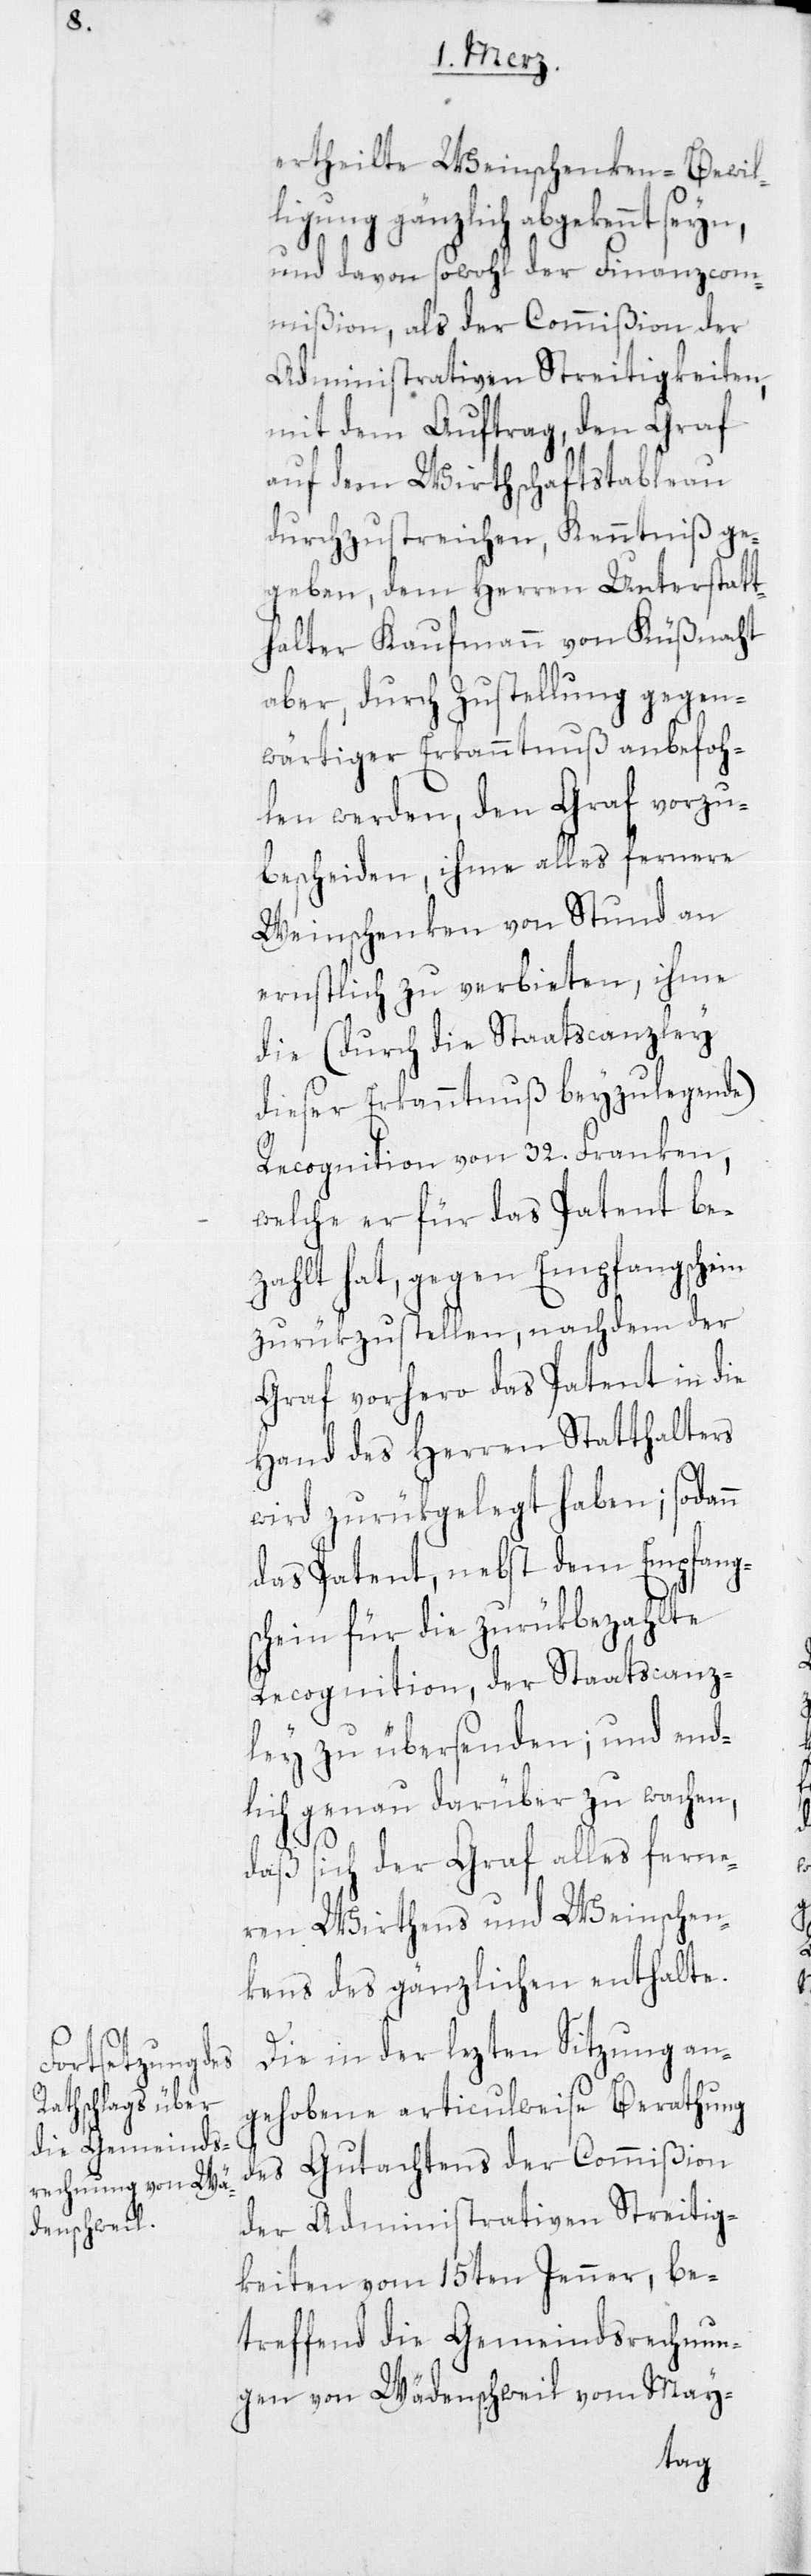
ertheilte Weinschenken-Bewil¬
ligung gänzlich abgekennt seyn,
und davon sowohl der Finanzcom¬
mißion, als der Commißion der
Administrativen Streitigkeiten,
mit dem Auftrag, den Graf
auf dem Wirtschaftstableau
durchzustreichen, Kenntniß ge¬
geben, dem Herren Unterstatt¬
halter Kaufmann von Küßnacht
aber, durch Zustellung gegen¬
wärtiger Erkanntnuß anbefoh¬
len werden, den Graf vorzu¬
bescheiden, ihme alles fernere
Weinschenken von Stund an
ernstlich zu verbieten, ihme
die (durch die Staatscanzley
dieser Erkanntnuß beyzulegende)
Recognition von 32. Franken,
welche er für das Patent be¬
zahlt hat, gegen Empfangschein
zurükzustellen, nachdem der
Graf vorhero das Patent in die
Hand des Herren Statthalters
wird zurükgelegt haben; sodann
das Patent, nebst dem Empfangs¬
chein für die zurükbezahlte
Recognition, der Staatscanz¬
ley zu übersenden; und end¬
lich genau darüber zu wachen,
daß sich der Graf alles fern¬
ren Wirtens und Weinschen¬
kens des gänzlichen enthalte.
Die in der lezten Sitzung an¬
gehobene articulweise Berathung
des Gutachtens der Commißion
der Administrativen Streitig¬
keiten vom 15ten Jenner, be¬
treffend die Gemeindsrechnun¬
gen von Wädenschweil vom May-